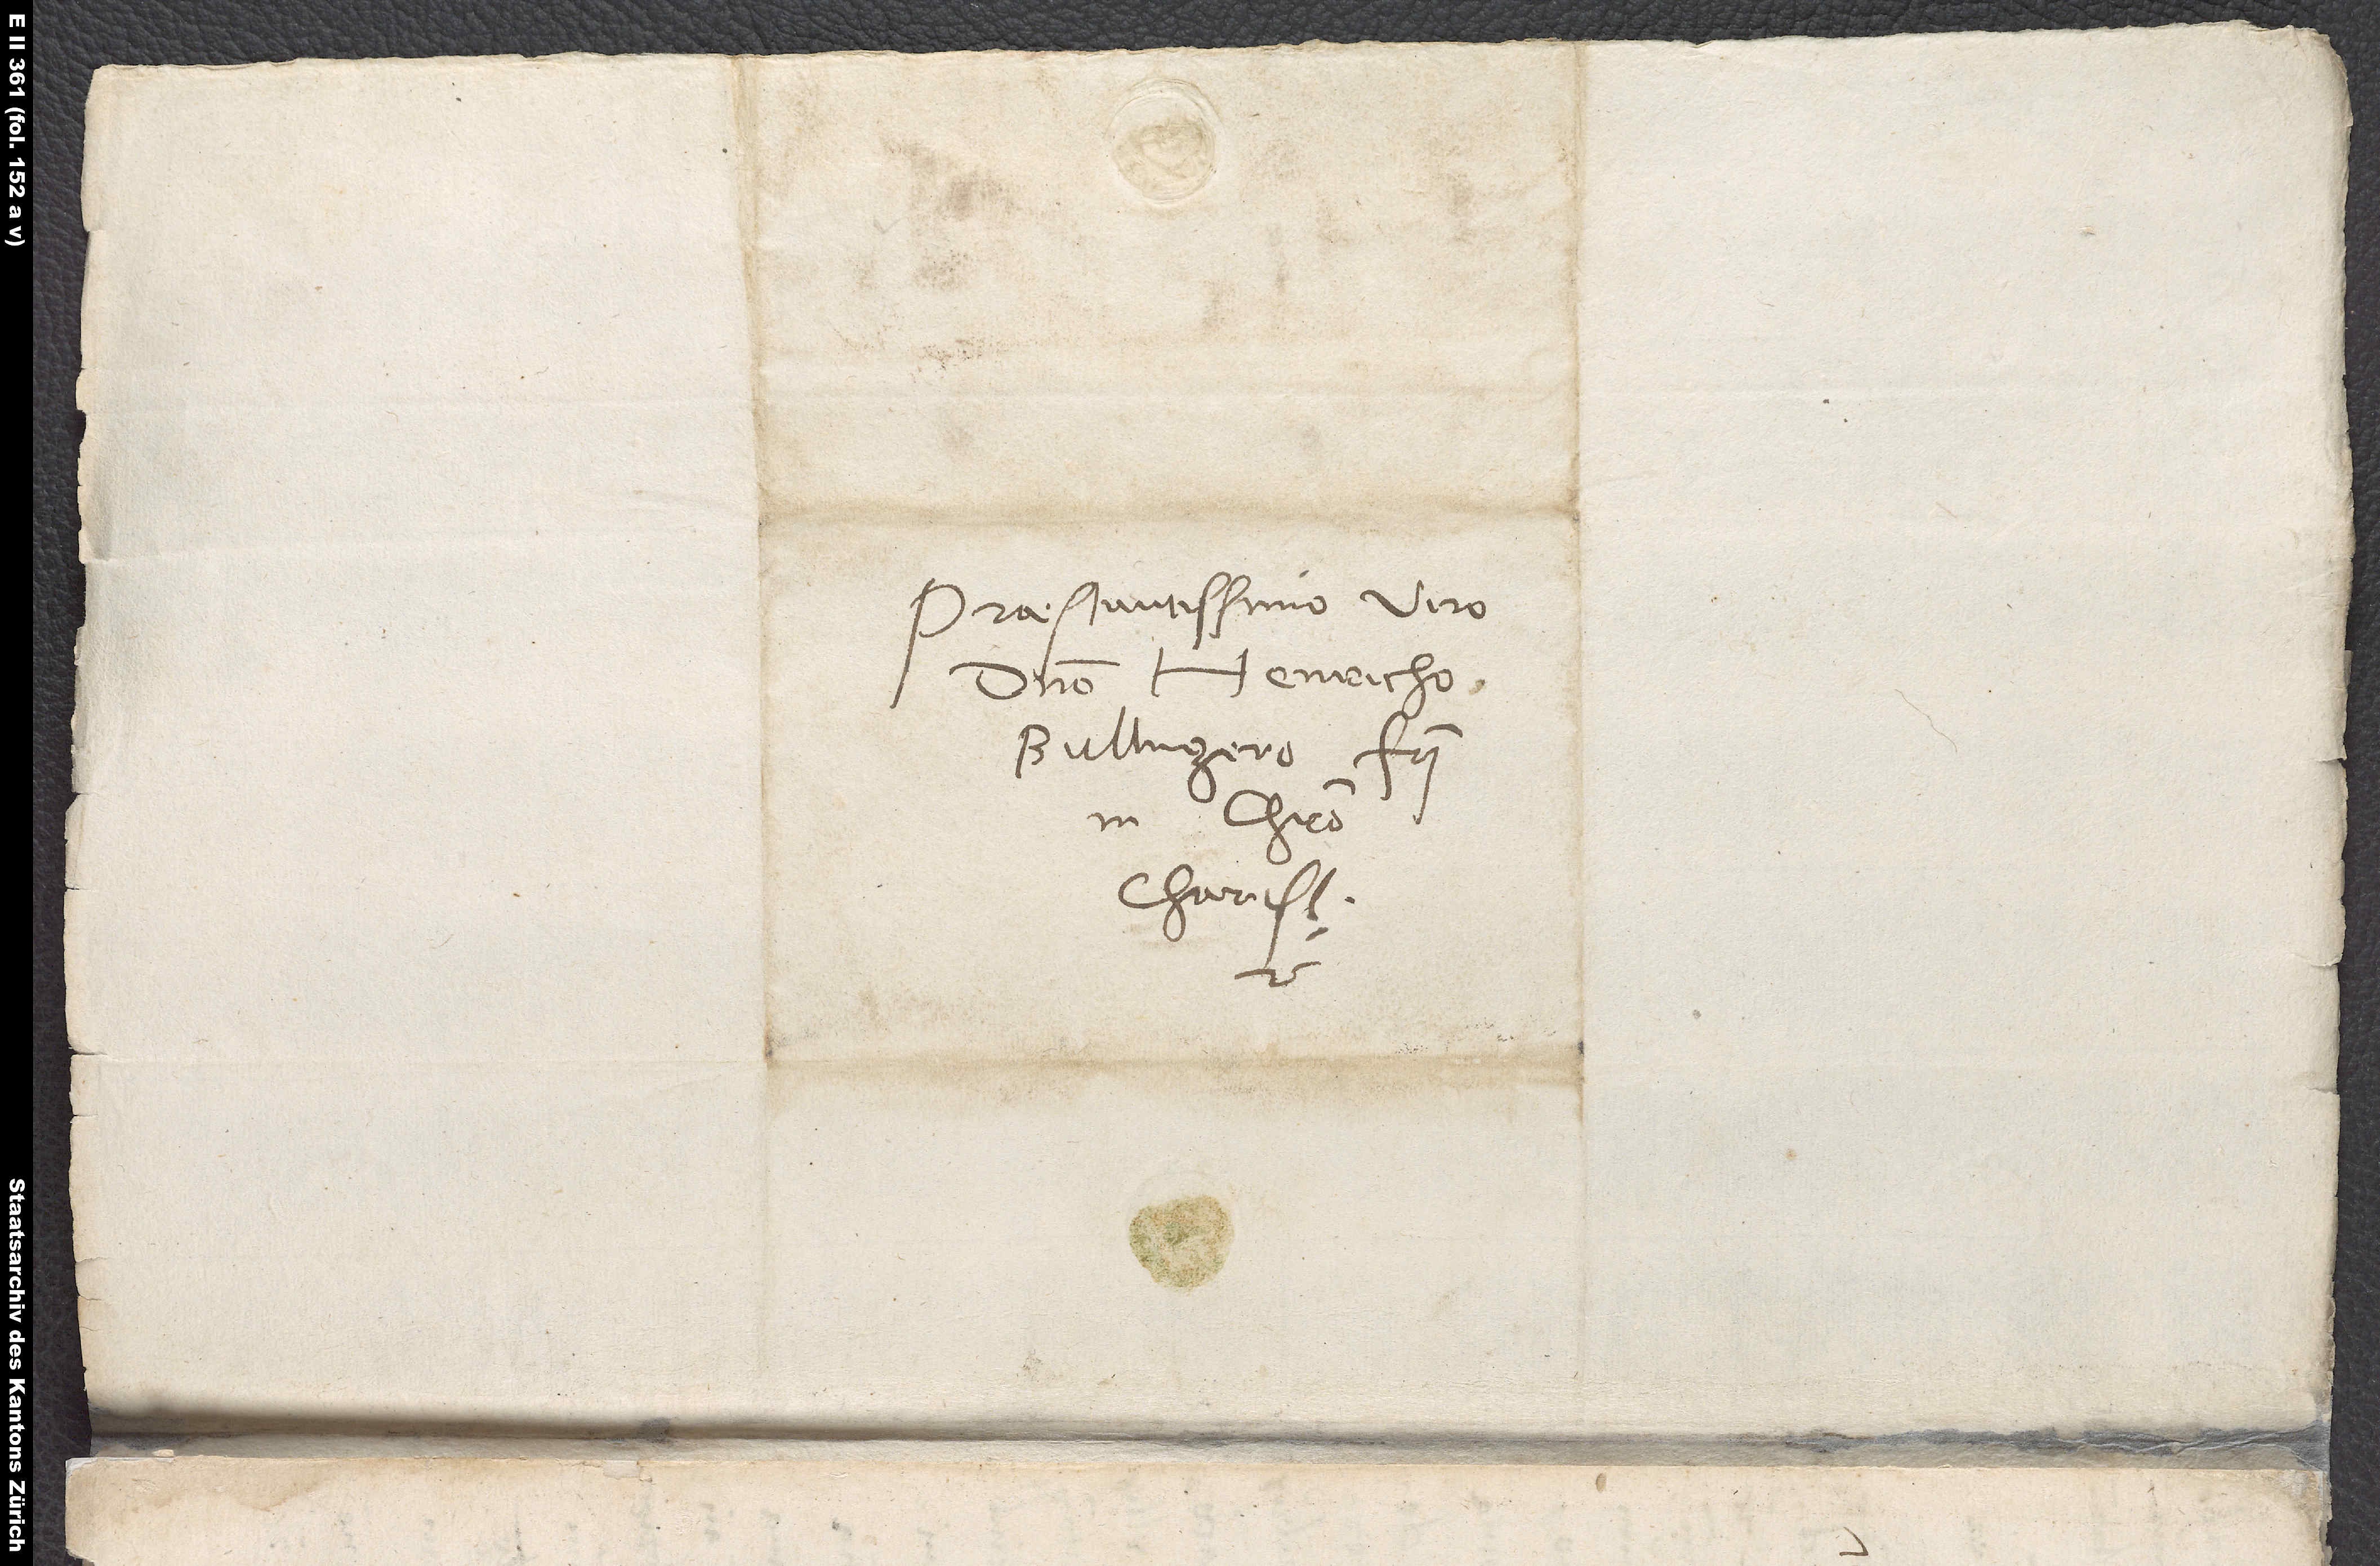
Praestantissimo viro
domino Henricho
Bullingero, fratri
in Christo
charissimo,